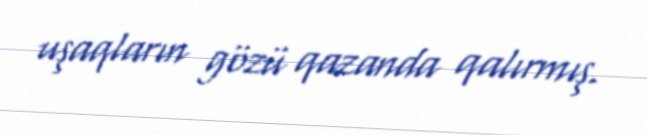
uşaqların gözü qazanda qalırmış.